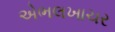
એભલખાચર